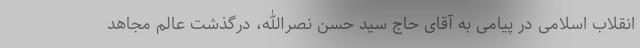
انقلاب اسلامی در پیامی به آقای حاج سید حسن نصرالله، درگذشت عالم مجاهد